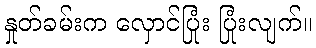
နှုတ်ခမ်းက လှောင်ပြုံး ပြုံးလျက်။